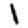
Digit: 1